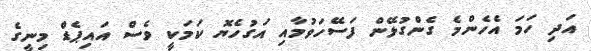
އަދި ހަމަ އެހެންމެ ގެންގުޅޭން ފަސޭހަވުމާއި އަގުހެޔޮ ކަމަކީ ވެސް އައިޕެޑް މިނީގެ